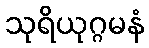
သုရိယုဂ္ဂမနံ